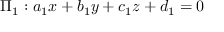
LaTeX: \Pi _ { 1 } : a _ { 1 } x + b _ { 1 } y + c _ { 1 } z + d _ { 1 } = 0